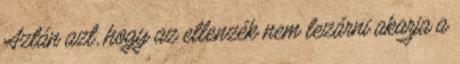
Aztán azt, hogy az ellenzék nem lezárni akarja a